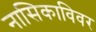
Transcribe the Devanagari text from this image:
नासिकाविवर